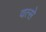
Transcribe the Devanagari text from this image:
वत्से